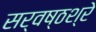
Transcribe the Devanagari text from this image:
सर्वष्ठश्रे